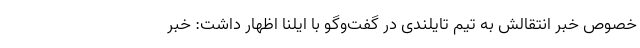
خصوص خبر انتقالش به تیم تایلندی در گفت‌وگو با ایلنا اظهار داشت: خبر